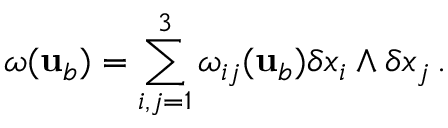
\omega ( { \mathbf { u } } _ { b } ) = \sum _ { i , j = 1 } ^ { 3 } \omega _ { i j } ( { \mathbf { u } } _ { b } ) \delta x _ { i } \wedge \delta x _ { j } \, .